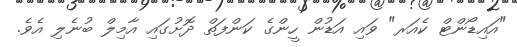
"އައިޑޯންޓް ކެއަރ" ވައި އަޑުން ހީންގެ ކަންފަތް ދޮށުގައި އާމިލް ބުނެލި އެވެ.